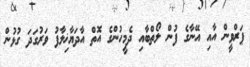
ޕަރްވީން އާއި އޭނާގެ ފުން ލޯތްބާއި ދެމީހުންގެ އޮތް އާދަޔާޚިލާފު ވަރުގަދަ ގުޅުން